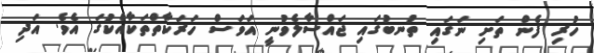
ހުރި ފެން ތަށި ނަގައި ތުނބުގައި ޖައްސާލެވުނީ އަވަސް ހަރަކާތްތަކާއެކުގަ އެވެ. އަދި